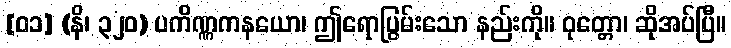
[၀၁] (နိ၊ ၃၂၀) ပကိဏ္ဏကနယော၊ ဤရောပြွမ်းသော နည်းကို။ ဝုတ္တော၊ ဆိုအပ်ပြီ။